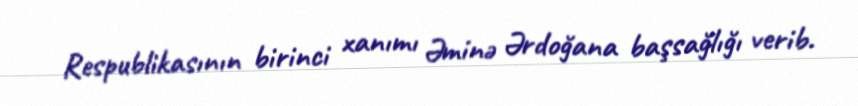
Respublikasının birinci xanımı Əminə Ərdoğana başsağlığı verib.